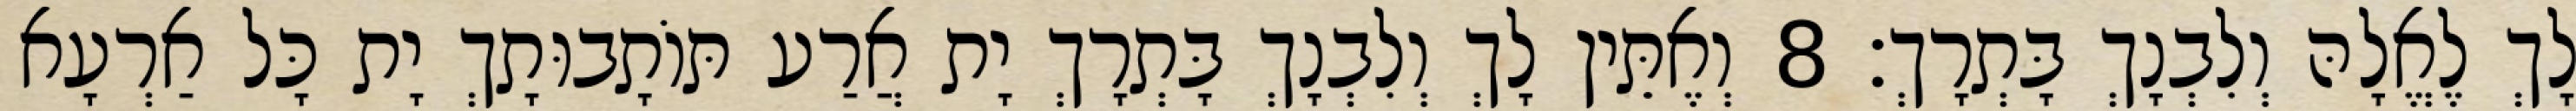
לָךְ לֶאֱלָהּ וְלִבְנָךְ בָּתְרָךְ׃ 8 וְאֶתֵּין לָךְ וְלִבְנָךְ בָּתְרָךְ יָת אֲרַע תּוֹתָבוּתָךְ יָת כָּל אַרְעָא